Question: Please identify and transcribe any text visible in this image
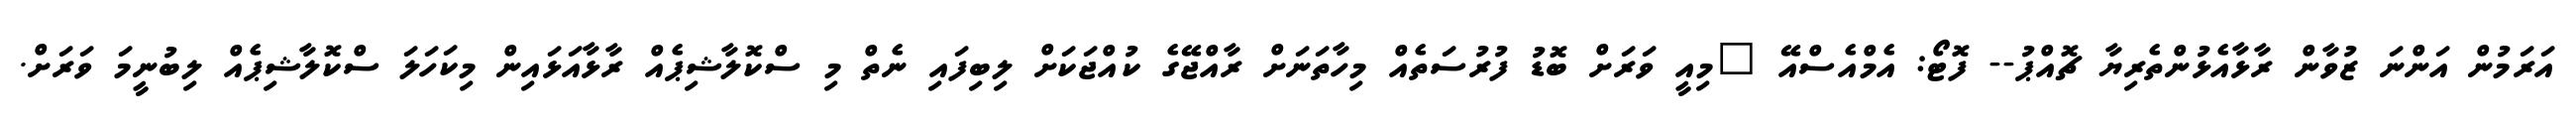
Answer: އަރަމުން އަންނަ ޒުވާން ރާޅާއެޅުންތެރިޔާ ޗޮއްޕު-- ފޮޓޯ: އެމްއެސްއޭ "މިއީ ވަރަށް ބޮޑު ފުރުސަތެއް މިހާތަނަށް ރާއްޖޭގެ ކުއްޖަކަށް ލިބިފައި ނެތް މި ސްކޮލާޝިޕެއް ރާޅާއަޅައިން މިކަހަލަ ސްކޮލާޝިޕެއް ލިބުނީމަ ވަރަށް.